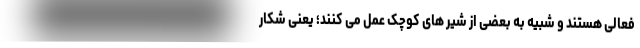
فعالی هستند و شبیه به بعضی از شیر های کوچک عمل می کنند؛ یعنی شکار